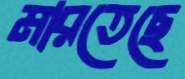
মারতেছে